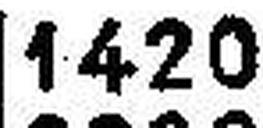
1420